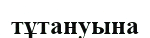
тұтануына